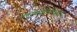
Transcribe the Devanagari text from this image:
तत्तुनवसाहस्रविस्तृतम्